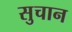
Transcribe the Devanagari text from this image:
सुचान